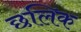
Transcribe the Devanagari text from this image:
छलिक